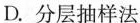
D.分层抽样法